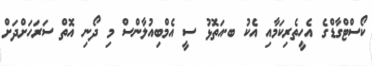
ކޯސްޓްގާޑްގެ އެހީތެރިކަމާއި އެކު ބ.އަތޮޅު ސީ އެމްބިއުލާންސް މި ދޯނި އޮތް ސަރަހަށްދަށް